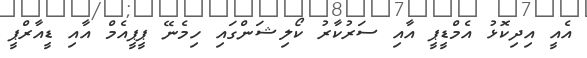
އެއީ އިދިކޮޅު އެމްޑީޕީ އާއި ސަރުކާރު ކޯލިޝަންގައި ހިމެނޭ ޕީޕީއެމް އާއި ޑީއާރްޕީ